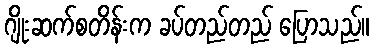
ဂျိုးဆက်စတိန်းက ခပ်တည်တည် ပြောသည်။